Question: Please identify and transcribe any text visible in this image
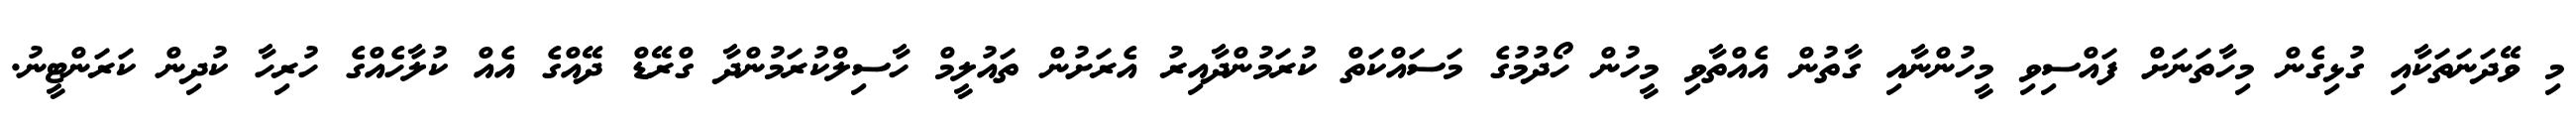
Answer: މި ވޭދަނަތަކާއި ގުޅިގެން މިހާތަނަށް ފައްސިވި މީހުންނާއި ގާތުން އެއްތާވި މީހުން ހޯދުމުގެ މަސައްކަތް ކުރަމުންދާއިރު އެރަށުން ތައުލީމް ހާސިލްކުރަމުންދާ ގްރޭޑް ދޭއްގެ އެއް ކުލާހެއްގެ ހުރިހާ ކުދިން ކަރަންޓީނު.